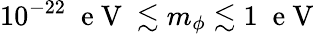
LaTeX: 10^{-22}\; \mathrm{~e~V~}\lesssim m_{\phi}\lesssim 1\; \mathrm{~e~V~}